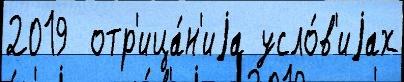
2019  отр'ица́н'иjа усло́в'иjах